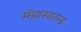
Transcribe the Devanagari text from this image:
मॅग्नासाउन्ड